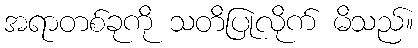
အရာတစ်ခုကို သတိပြုလိုက် မိသည်။